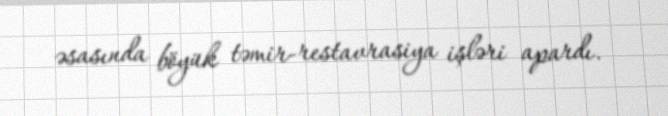
əsasında böyük təmir-restavrasiya işləri apardı.